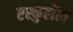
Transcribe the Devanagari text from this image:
एस्कुलेंता